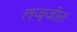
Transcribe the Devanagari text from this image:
लज्जीत